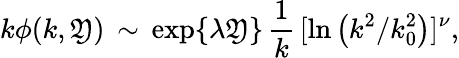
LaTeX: k\phi(k,\mathfrak{Y})\, \sim\, \exp\{ \lambda\mathfrak{Y}\} \, {\frac{{1}}{{k}}}\, [\ln\left({k^{2}}/{k_{0}^{2}}\right)]^{\nu},